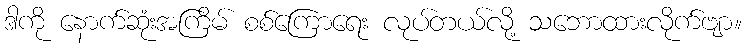
ဒါကို နောက်ဆုံးအကြိမ် စစ်ကြောရေး လုပ်တယ်လို့ သဘောထားလိုက်ဗျာ။